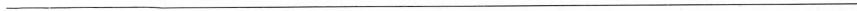
___